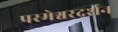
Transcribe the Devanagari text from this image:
परमेश्वरदर्शन